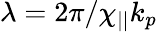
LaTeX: \lambda=2\pi/\chi_{||}k_{p}